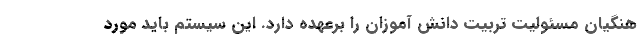
هنگیان مسئولیت تربیت دانش آموزان را برعهده دارد. این سیستم باید مورد